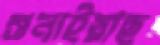
শুনাইয়াছ